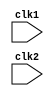
// Code your design here
//This is a 32 bit Reduced instruction set architecture processor. The reference for the code has been taken from the Hardware modelling using Verilog course from NPTEL.
//The code implements R-type and I-type of encoding.
/*R-type encoding uses three register opernds i.e., 2 source and 1 destination register.
31     26 25     21 20    16 15     11 10      6 5        0
------------------------------------------------------------
|opcode  |    rs   |    rt  |    rd   |  shamt  |   funct  |
------------------------------------------------------------
opcode---> 6bit like add is 000000
rs----> source register 1
rt----> source register 2
rd-----> destination register
shamt---> shift amount
funct---> opcode extension*/
/* I-type encoding contains 16-bit immediate data field and uses one source and one destination register.
31     26 25     21 20    16 15                            0
------------------------------------------------------------
|opcode  |    rs   |    rt  |    Immediate data            |
------------------------------------------------------------
opcode---> 6bit like LW is 001000.
rs----> source register 1
rt-----> destination register
 Immediate data ---> 16-bit immediate data
*/
module pipeline_processor (
    clk1,clk2
  );
  input clk1,clk2; // Two-phase clock are used as inputs. The clock pulses are given alternatively to different stages so that no overlapping occurs.
/*There are five stages of piplining 
IF: INSTRUCTION FETCH
ID: INSTRUCTION DECODE/ REGISTER FETCH
EX: EXECUTION/EFFECTIVE ADDRESS CALCULATION
MEM: MEMORY ACCESS/ BRANCH COMPLETION
WB: REGISTER WRITE BACK
*/  
 /*
 IF_ID: It denotes the latch between IF and ID stage.
 ID_EX: It denotes the latch stage between ID and EX stages.
 EX_MEM:It denotes the latch between EX and MEM stage.
 MEM_WB: It denotes the latch between MEM and WB stage.
 */
  reg [31:0] PC, IF_ID_IR,IF_ID_NPC, ID_EX_IR, ID_EX_NPC, ID_EX_A, ID_EX_B, ID_EX_Imm, EX_MEM_IR, EX_MEM_ALUOut, EX_MEM_B;
  reg [2:0] ID_EX_type, EX_MEM_type, MEM_WB_type;
  reg EX_MEM_cond;
  reg [31:0] MEM_WB_IR, MEM_WB_ALUOut, MEM_WB_LMD;
  reg [31:0] Reg [0:31]; //Register bank (32 x 32)
  reg [31:0] Mem [0:1023];// memory(1024 x32)

  parameter ADD = 6'b000000, SUB = 6'b000001, AND = 6'b000010, OR = 6'b000011,
            SLT = 6'b000100, MUL = 6'b000101, HLT = 6'b111111, LW = 6'b001000,
            SW = 6'b001001, ADDI = 6'b001010, SUBI = 6'b001011, SLTI = 6'b001100,
            BNEQZ = 6'b001101, BEQZ = 6'b001110;

  parameter RR_ALU = 3'b000, RM_ALU = 3'b001, LOAD = 3'b010, STORE = 3'b011, BRANCH = 3'b100, HALT = 3'b101;

  reg HALTED; // It is set after a HLT instruction executes and reaches WB stage.
  reg TAKEN_BRANCH; // It is set afterthe decision to take a branch is known. It is required to disable the instructions that have already entered the pipeline from making any state changes.

  //IF Stage: The instruction pointed to program counter(PC) is fetched from memory and next value of program counter is computed.
 //For a branch instruction new value of program counter is target address. So program counter is not updated and new value is stored in NPC register.
  /*IR<--- Mem[PC]
  NPC<--- PC+1*/
  always@(posedge clk1)
  begin
    if (HALTED == 0)
    begin
      if(((EX_MEM_IR[31:26]==BEQZ) && (EX_MEM_cond ==1))||((EX_MEM_IR[31:26] == BNEQZ) && (EX_MEM_cond == 0)))
      begin
        IF_ID_IR <= #2 Mem[EX_MEM_ALUOut];
        TAKEN_BRANCH <= #2 1'b1;
        IF_ID_NPC <= #2 EX_MEM_ALUOut +1;
        PC <= #2 EX_MEM_ALUOut + 1;
      end
      else
      begin
        IF_ID_IR <= #2 Mem[PC];
        IF_ID_NPC <= #2 PC +1;
        PC <= #2 PC +1;
      end
    end
  end

  // ID Stage: The instruction already fetched in IR is decoded. Decoding is done in parallel with reading register operands rs and rt.
 /* A<--- Reg[rs];
  B<---Reg[rt];
  Imm<---IR sign extend 16 bit immediate field
  Imm1<--- Ir sign extend 26-bit immediate field
  A, B, Imm, Imm1 are tempoorary registers.
  */
  always@(posedge clk2)
  begin
    if (HALTED == 0)
    begin
      if (IF_ID_IR[25:21] == 5'b00000)
      begin
        ID_EX_A <= 0;
      end
      else
        ID_EX_A <= #2 Reg[IF_ID_IR[25:21]];    //"rs"

      if (IF_ID_IR[20:16] == 5'b00000)
      begin
        ID_EX_B<=0;
      end
      else
        ID_EX_B <= #2 Reg[IF_ID_IR[20:16]];  //"rt"

      ID_EX_NPC <= #2 IF_ID_NPC;
      ID_EX_IR <= #2 IF_ID_IR;
      ID_EX_Imm <= #2 {{16{IF_ID_IR[15]}},{IF_ID_IR[15:0]}};

      case (IF_ID_IR[31:26])
        ADD, SUB, AND, OR, SLT, MUL:
          ID_EX_type <= #2 RR_ALU;
        ADDI, SUBI,SLTI:
          ID_EX_type <= #2 RM_ALU;
        LW:
          ID_EX_type <= #2 LOAD;
        SW:
          ID_EX_type <= #2 STORE;
        BEQZ, BNEQZ:
          ID_EX_type <= #2 BRANCH;
        HLT:
          ID_EX_type <= #2 HALT;
        default:
          ID_EX_type <= #2 HALT;
      endcase
    end
  end

  // EX Stage: The ALU is used to perform calculation. The exact operation depends on instruction decoded. the ALU operates on operands that have been made ready.
  
 /*Memory Reference: ALUOut<-- A +Imm
 Register-register ALU Instruction: ALUOut<--- A func B
 Register-Immediate ALU Instruction: ALUOut <--- A func Imm
 Branch: ALUOut <--- NPC +Imm
         cond<--- (A == 0)*/
  always@(posedge clk1)
  begin
    if(HALTED == 0)
    begin
      EX_MEM_type <= #2 ID_EX_type;
      EX_MEM_IR <= #2 ID_EX_IR;
      TAKEN_BRANCH <= #2 0;

      case (ID_EX_type)
        RR_ALU:
        begin
          case (ID_EX_IR[31:26])
            ADD:
              EX_MEM_ALUOut <= #2 ID_EX_A + ID_EX_B;
            SUB:
              EX_MEM_ALUOut <= #2 ID_EX_A - ID_EX_B;
            AND:
              EX_MEM_ALUOut <= #2 ID_EX_A & ID_EX_B;
            OR:
              EX_MEM_ALUOut <= #2 ID_EX_A | ID_EX_B;
            SLT:
              EX_MEM_ALUOut <= #2 ID_EX_A< ID_EX_B;
            MUL:
              EX_MEM_ALUOut <= #2 ID_EX_A * ID_EX_B;
            default:
              EX_MEM_ALUOut <= #2 32'hxxxxxxxx;
          endcase
        end
        RM_ALU:
        begin
          case(ID_EX_IR[31:26])
            ADDI:
              EX_MEM_ALUOut <= #2 ID_EX_A + ID_EX_Imm;
            SUBI:
              EX_MEM_ALUOut <= #2 ID_EX_A - ID_EX_Imm;
            SLTI:
              EX_MEM_ALUOut <= #2 ID_EX_A<ID_EX_Imm;
            default:
              EX_MEM_ALUOut <= #2 32'hxxxxxxxx;
          endcase
        end
        LOAD, STORE:
        begin
          EX_MEM_ALUOut <= #2 ID_EX_A + ID_EX_Imm;
          EX_MEM_B <= #2 ID_EX_B;
        end
        BRANCH:
        begin
          EX_MEM_ALUOut <= #2 ID_EX_NPC + ID_EX_Imm;
          EX_MEM_cond <= #2 (ID_EX_A == 0);
        end
      endcase
    end
  end

  //MEM STAGE: The only instructions that make use of this step are loads, stores and branches.The load and store instructions access the memory.The branch instruction updates program counter depending upon the outcome of branch condition.
/* Load instruction: PC<---NPC;
                     LMD<---Mem[ALUOut];
   Store Instruction: PC<---NPC;
                      Mem[ALUOut]<---B;
    Branch Instruction: if(cond)PC<--- ALUOut;
                        else PC<--- NPC;
     Other Instruction: PC<--- NPC;*/  
  
  always@(posedge clk2)
  begin
    if(HALTED == 0)
    begin
      MEM_WB_type <= EX_MEM_type;
      MEM_WB_IR <= #2 EX_MEM_IR;

      case(EX_MEM_type)
        RR_ALU, RM_ALU:
          MEM_WB_ALUOut <= #2 EX_MEM_ALUOut;

        LOAD:
          MEM_WB_LMD <= #2 Mem[EX_MEM_ALUOut];
        STORE:
          if (TAKEN_BRANCH == 0) // This is used to disable write. 
          begin
            Mem[EX_MEM_ALUOut] <= #2 EX_MEM_B;
          end
      endcase
    end
  end

  // WB Stage: The results are written back into the register in this step.Results can come from the ALU or the memory system.The position of destination register int he instruction word depends on the instruction.
  
  /*Register-Register ALU Instruction: Reg[rd]<---ALUOut;
  Register-Immediate ALU Instruction: Reg[rt]<---ALUOut;
  Load Instruction: Reg[rt]<---LMD;*/
  always@(posedge clk1)
  begin
    if (TAKEN_BRANCH == 0) // Disable write if branch is taken 
    case (MEM_WB_type)
      RR_ALU:
        Reg[MEM_WB_IR[15:11]] <= #2 MEM_WB_ALUOut; //"rd"
      RM_ALU:
        Reg[MEM_WB_IR[20:16]] <= #2 MEM_WB_ALUOut; // "rt"
      LOAD:
        Reg[MEM_WB_IR[20:16]] <= #2 MEM_WB_LMD; //"rt"
      HALT:
        HALTED<= #2 1'b1;
    endcase
  end
endmodule